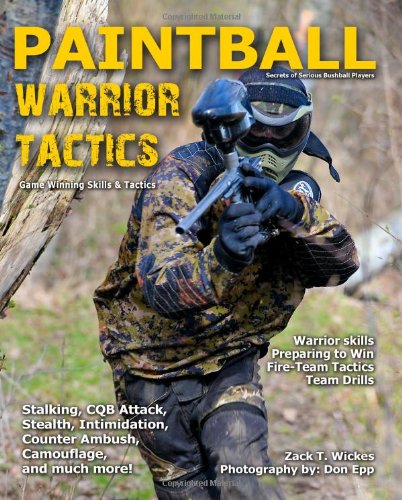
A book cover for Paintball Warrior Tactics: Secrets of serious bushball players; Zack Wickes; Sports & Outdoors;